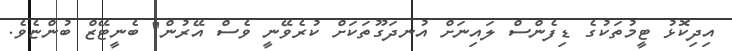
އިދިކޮޅު ޓީމުތަކުގެ ޑިފެންސް ލައިނަށް އުނދަގޫތަކަށް ކުރެވޭނީ ވެސް އޭރުން" ބެނީޓޭޒް ބުންޏެވެ.